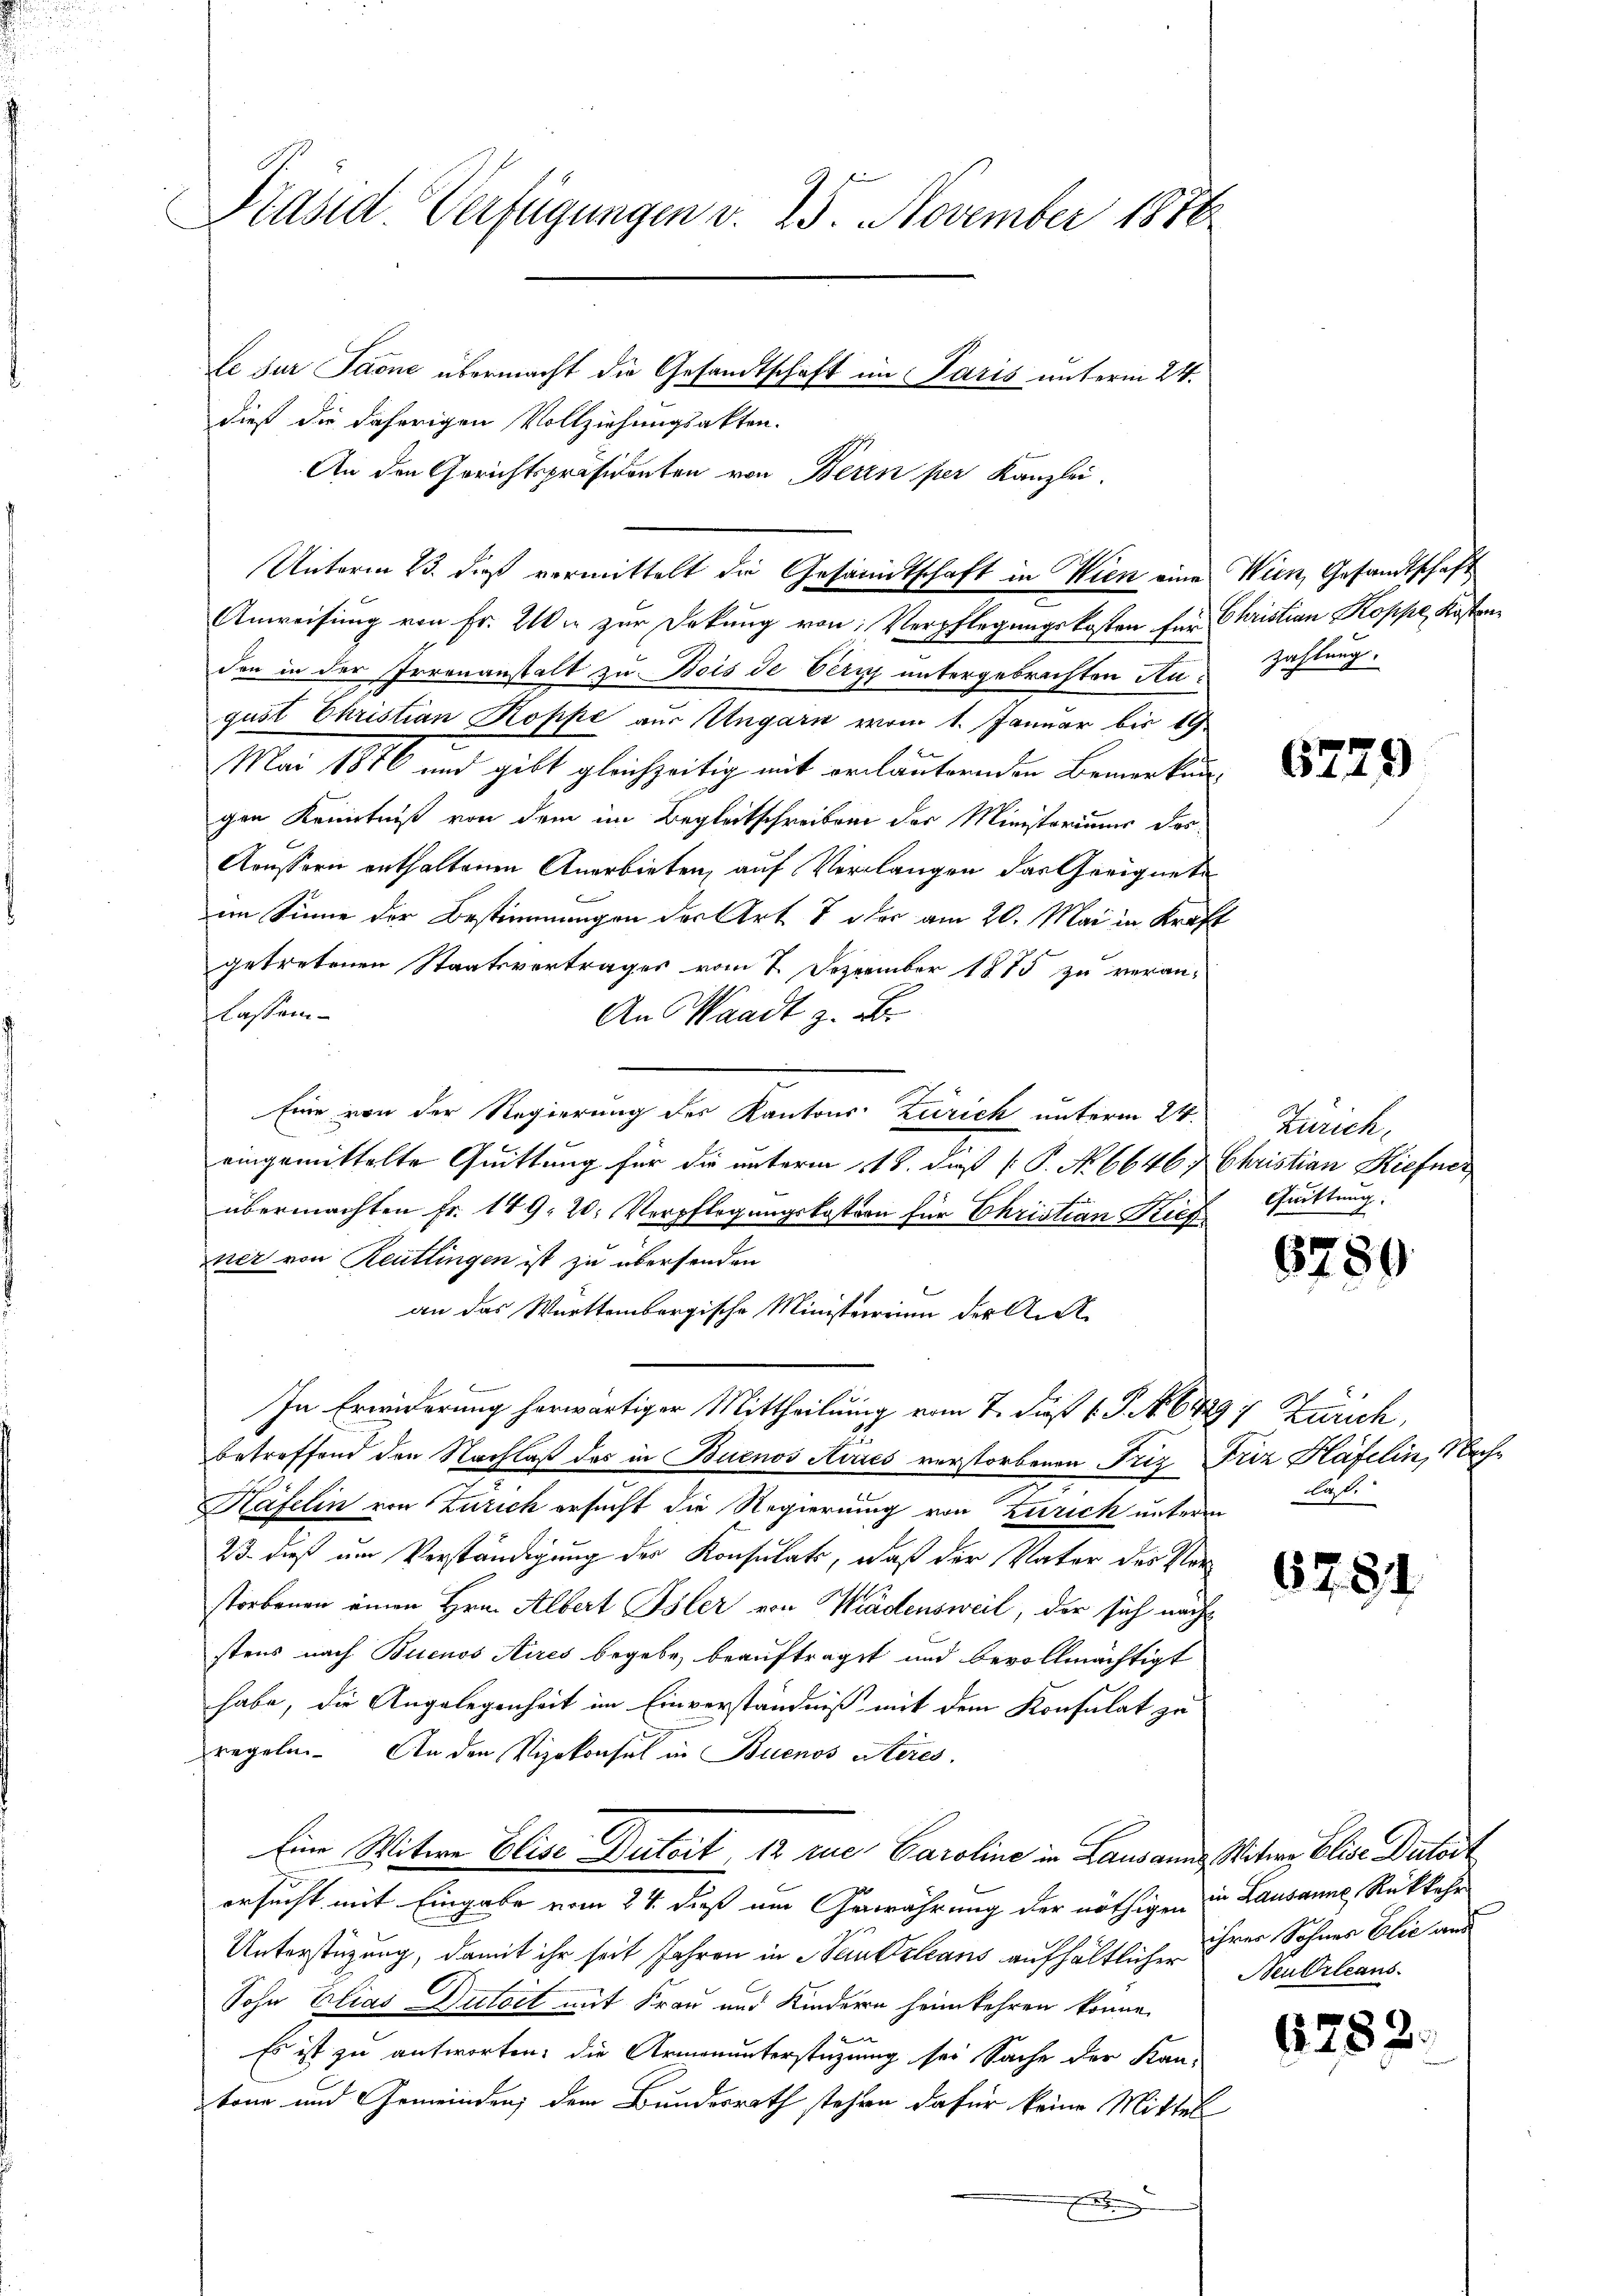
Präsid. Verfügungen d. 25. November 1876

le sur Sarne übermacht die Gesandtschaft im Paris unterm 24.
dieß die daherigen Vollziehungsakten.
An den Gerichtspräsidenten von Beren per Kanzlei.
Unterm 23. daß vermittelt die Gesandtschaft in Wien eine Wien, Gesandtschaft
Anweisung von Fr. 2 zur Dekung von Verpflegungskosten für Christian Koppe, Kostenden in der Irrenanstalt zu Bois de Verz untergebrachten Anzahlung.
gust Christian Kopfe aus Ungarn vom 1. Januar bis 19.
Mai 1856 und gibt gleichzeitig mit erläuternden Bemerkungen Kenntniß von dem im Begleitschreiben der Ministeriums das
Aeussern enthaltenen Anerbieten, auf Verlangen das Geeignete
im Sinne der Bestimmungen der Art 7 oder am 20. Mai in Kraft
getretenen Staatsvertrages vom 2. Dezember 1815 zu veran-
lassen
An Waadt z. abr
Eine von der Regierung des Kantons Zürich unterm 24.
eingemittelte Quittung für die unterm 11. daß P. No 6646. Christian Kiefner
übermachten Fr. 149, 20. Verpflegungskostern für Christian Sieg
zner von Reutlingen ist zu übersenden
an das Württembergische Ministerreiem der Ant
In Erwiderung herwärtiger Mittheilung vom 7. daß 1 S. 6429, Zürich,
betreffend den Nachlaß das in Buenos Aires verstorbenen Friz Friz Häfelin, Nachn
Häfelin von Zürich ersucht die Regierung von Zürich unterm
23. dieß um Verständigung der Konsulats, daß der Vater des Verstorbenen einen Hrn. Albert Isler von Wädensweil, der sich nach
stens nach Buenos Aires begebe, beauftraget und bevollmächtigt
habe, die Angelegenheit im Einverständniß mit dem Konsulat zu
regeln. An den Vizekonsul in Buenos utéres
Eine Witwe Elise Duteit 12 rue Caroline in Lausanns Witwe Elise Detast
ersucht mit Eingabe vom 24. dieß um Gewährung der nöthigen in Lausanne, Rückkehr
Unterstüzung, damit ihr seit Jahren in Beinkeleans aufhältlicher
Sohn Elias Dutoit mit Frau und Kindern heimkehren könne.

Es ist zu antworten; die Armenunterstüzung sei Sache der Kan-
bone und Gemeinden; dem Bundesrath stehen dafür keine Mittel
E

6729

Zürich.
Quittung.

5780

f
laß.

678

ihrer Sohnes Elie aus
Neu Orleans

671

52.